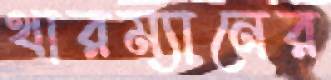
থারম্যানের